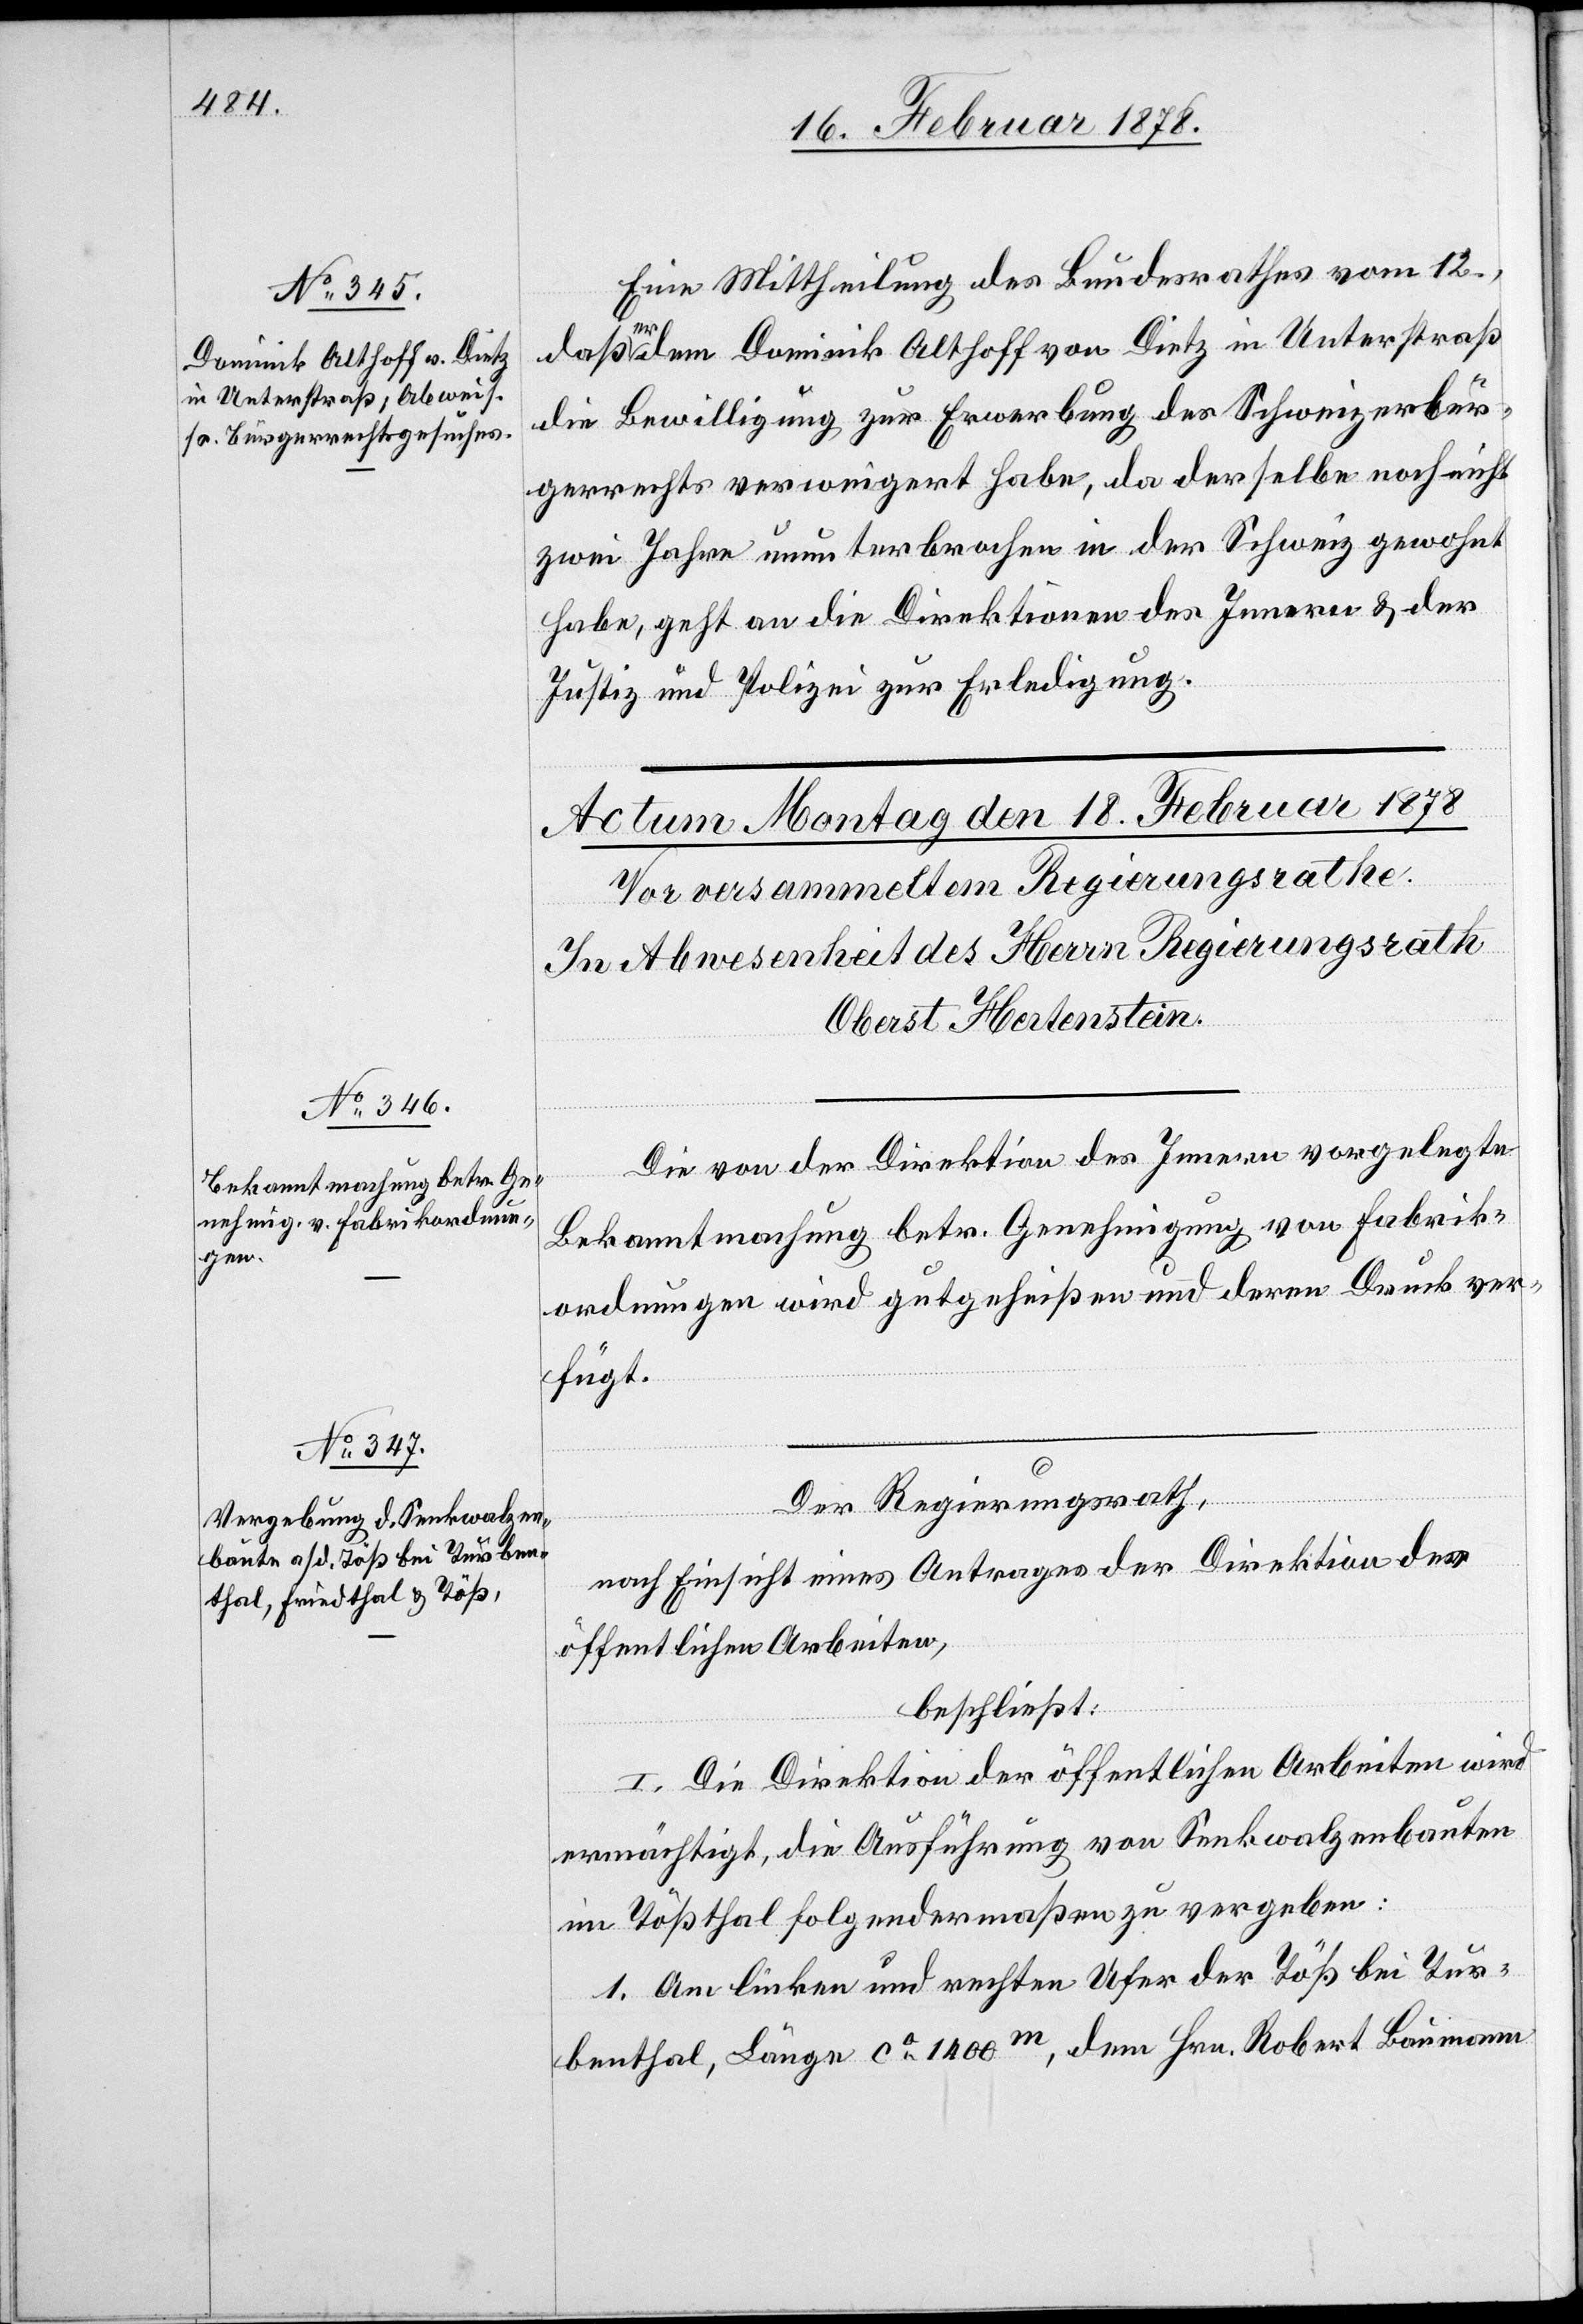
Eine Mittheilung des Bundesrathes vom 12.,
daß er dem Dominik Althoff von Dietz in Unterstraß
die Bewilligung zur Erwerbung des Schweizerbür¬
gerrechts verweigert habe, da derselbe noch nicht
zwei Jahre ununterbrochen in der Schweiz gewohnt
habe, geht an die Direktionen des Innern & der
Justiz und Polizei zur Erledigung.
Die von der Direktion des Innern vorgelegte
Bekanntmachung betr. Genehmigung von Fabrik¬
ordnungen wird gutgeheißen und deren Druck ver¬
fügt.
Der Regierungsrath,
nach Einsicht eines Antrages der Direktion der
öffentlichen Arbeiten,
beschließt:
I. Die Direktion der öffentlichen Arbeiten wird
ermächtigt, die Ausführung von Senkwalzenbauten
im Tößthal folgendermaßen zu vergeben:
1. Am linken und rechten Ufer der Töß bei Tur¬
benthal, Länge ca 1400m, dem Hrn. Robert Baumann